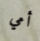
أمي